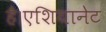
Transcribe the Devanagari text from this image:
है।एशियानेट